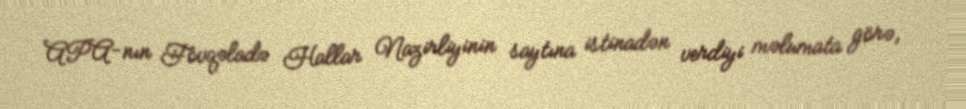
APA-nın Fövqəladə Hallar Nazirliyinin saytına istinadən verdiyi məlumata görə,